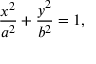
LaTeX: { \frac { x ^ { 2 } } { a ^ { 2 } } } + { \frac { y ^ { 2 } } { b ^ { 2 } } } = 1 ,